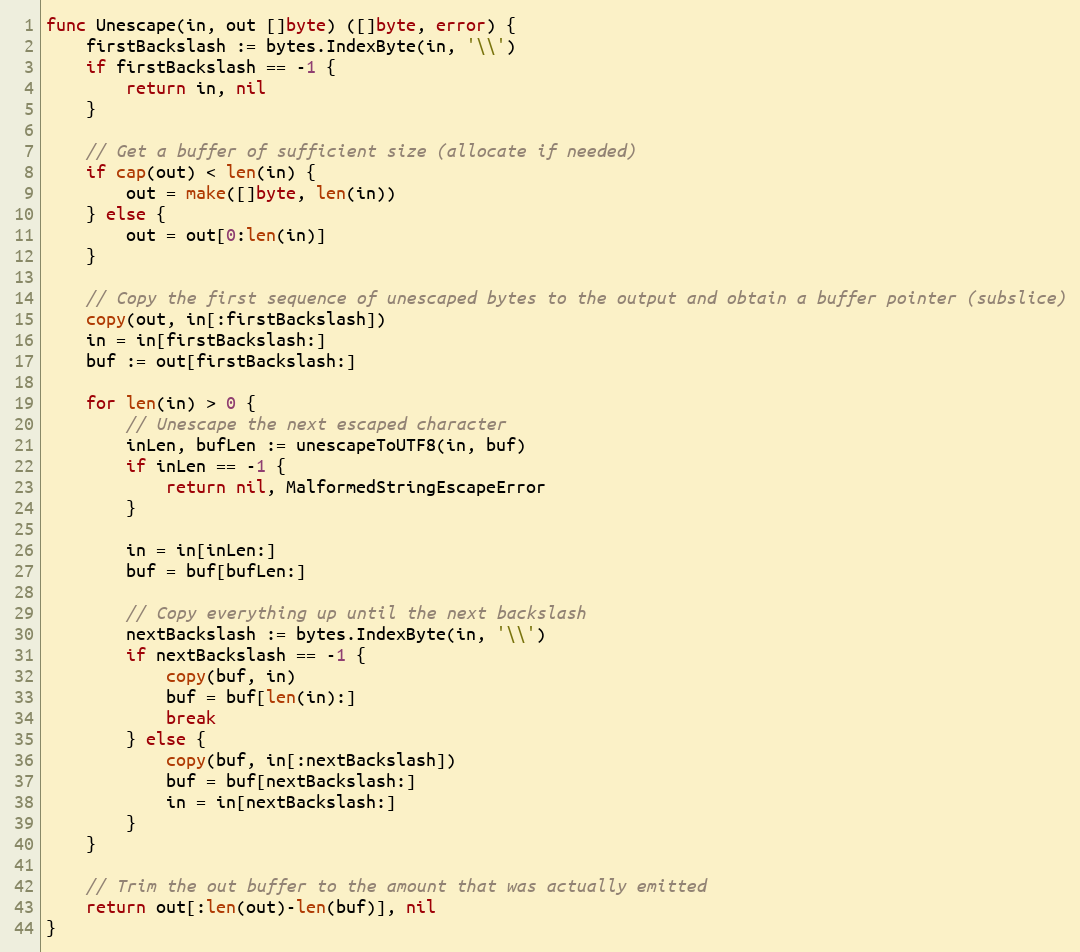
Language: Go
func Unescape(in, out []byte) ([]byte, error) {
	firstBackslash := bytes.IndexByte(in, '\\')
	if firstBackslash == -1 {
		return in, nil
	}

	// Get a buffer of sufficient size (allocate if needed)
	if cap(out) < len(in) {
		out = make([]byte, len(in))
	} else {
		out = out[0:len(in)]
	}

	// Copy the first sequence of unescaped bytes to the output and obtain a buffer pointer (subslice)
	copy(out, in[:firstBackslash])
	in = in[firstBackslash:]
	buf := out[firstBackslash:]

	for len(in) > 0 {
		// Unescape the next escaped character
		inLen, bufLen := unescapeToUTF8(in, buf)
		if inLen == -1 {
			return nil, MalformedStringEscapeError
		}

		in = in[inLen:]
		buf = buf[bufLen:]

		// Copy everything up until the next backslash
		nextBackslash := bytes.IndexByte(in, '\\')
		if nextBackslash == -1 {
			copy(buf, in)
			buf = buf[len(in):]
			break
		} else {
			copy(buf, in[:nextBackslash])
			buf = buf[nextBackslash:]
			in = in[nextBackslash:]
		}
	}

	// Trim the out buffer to the amount that was actually emitted
	return out[:len(out)-len(buf)], nil
}